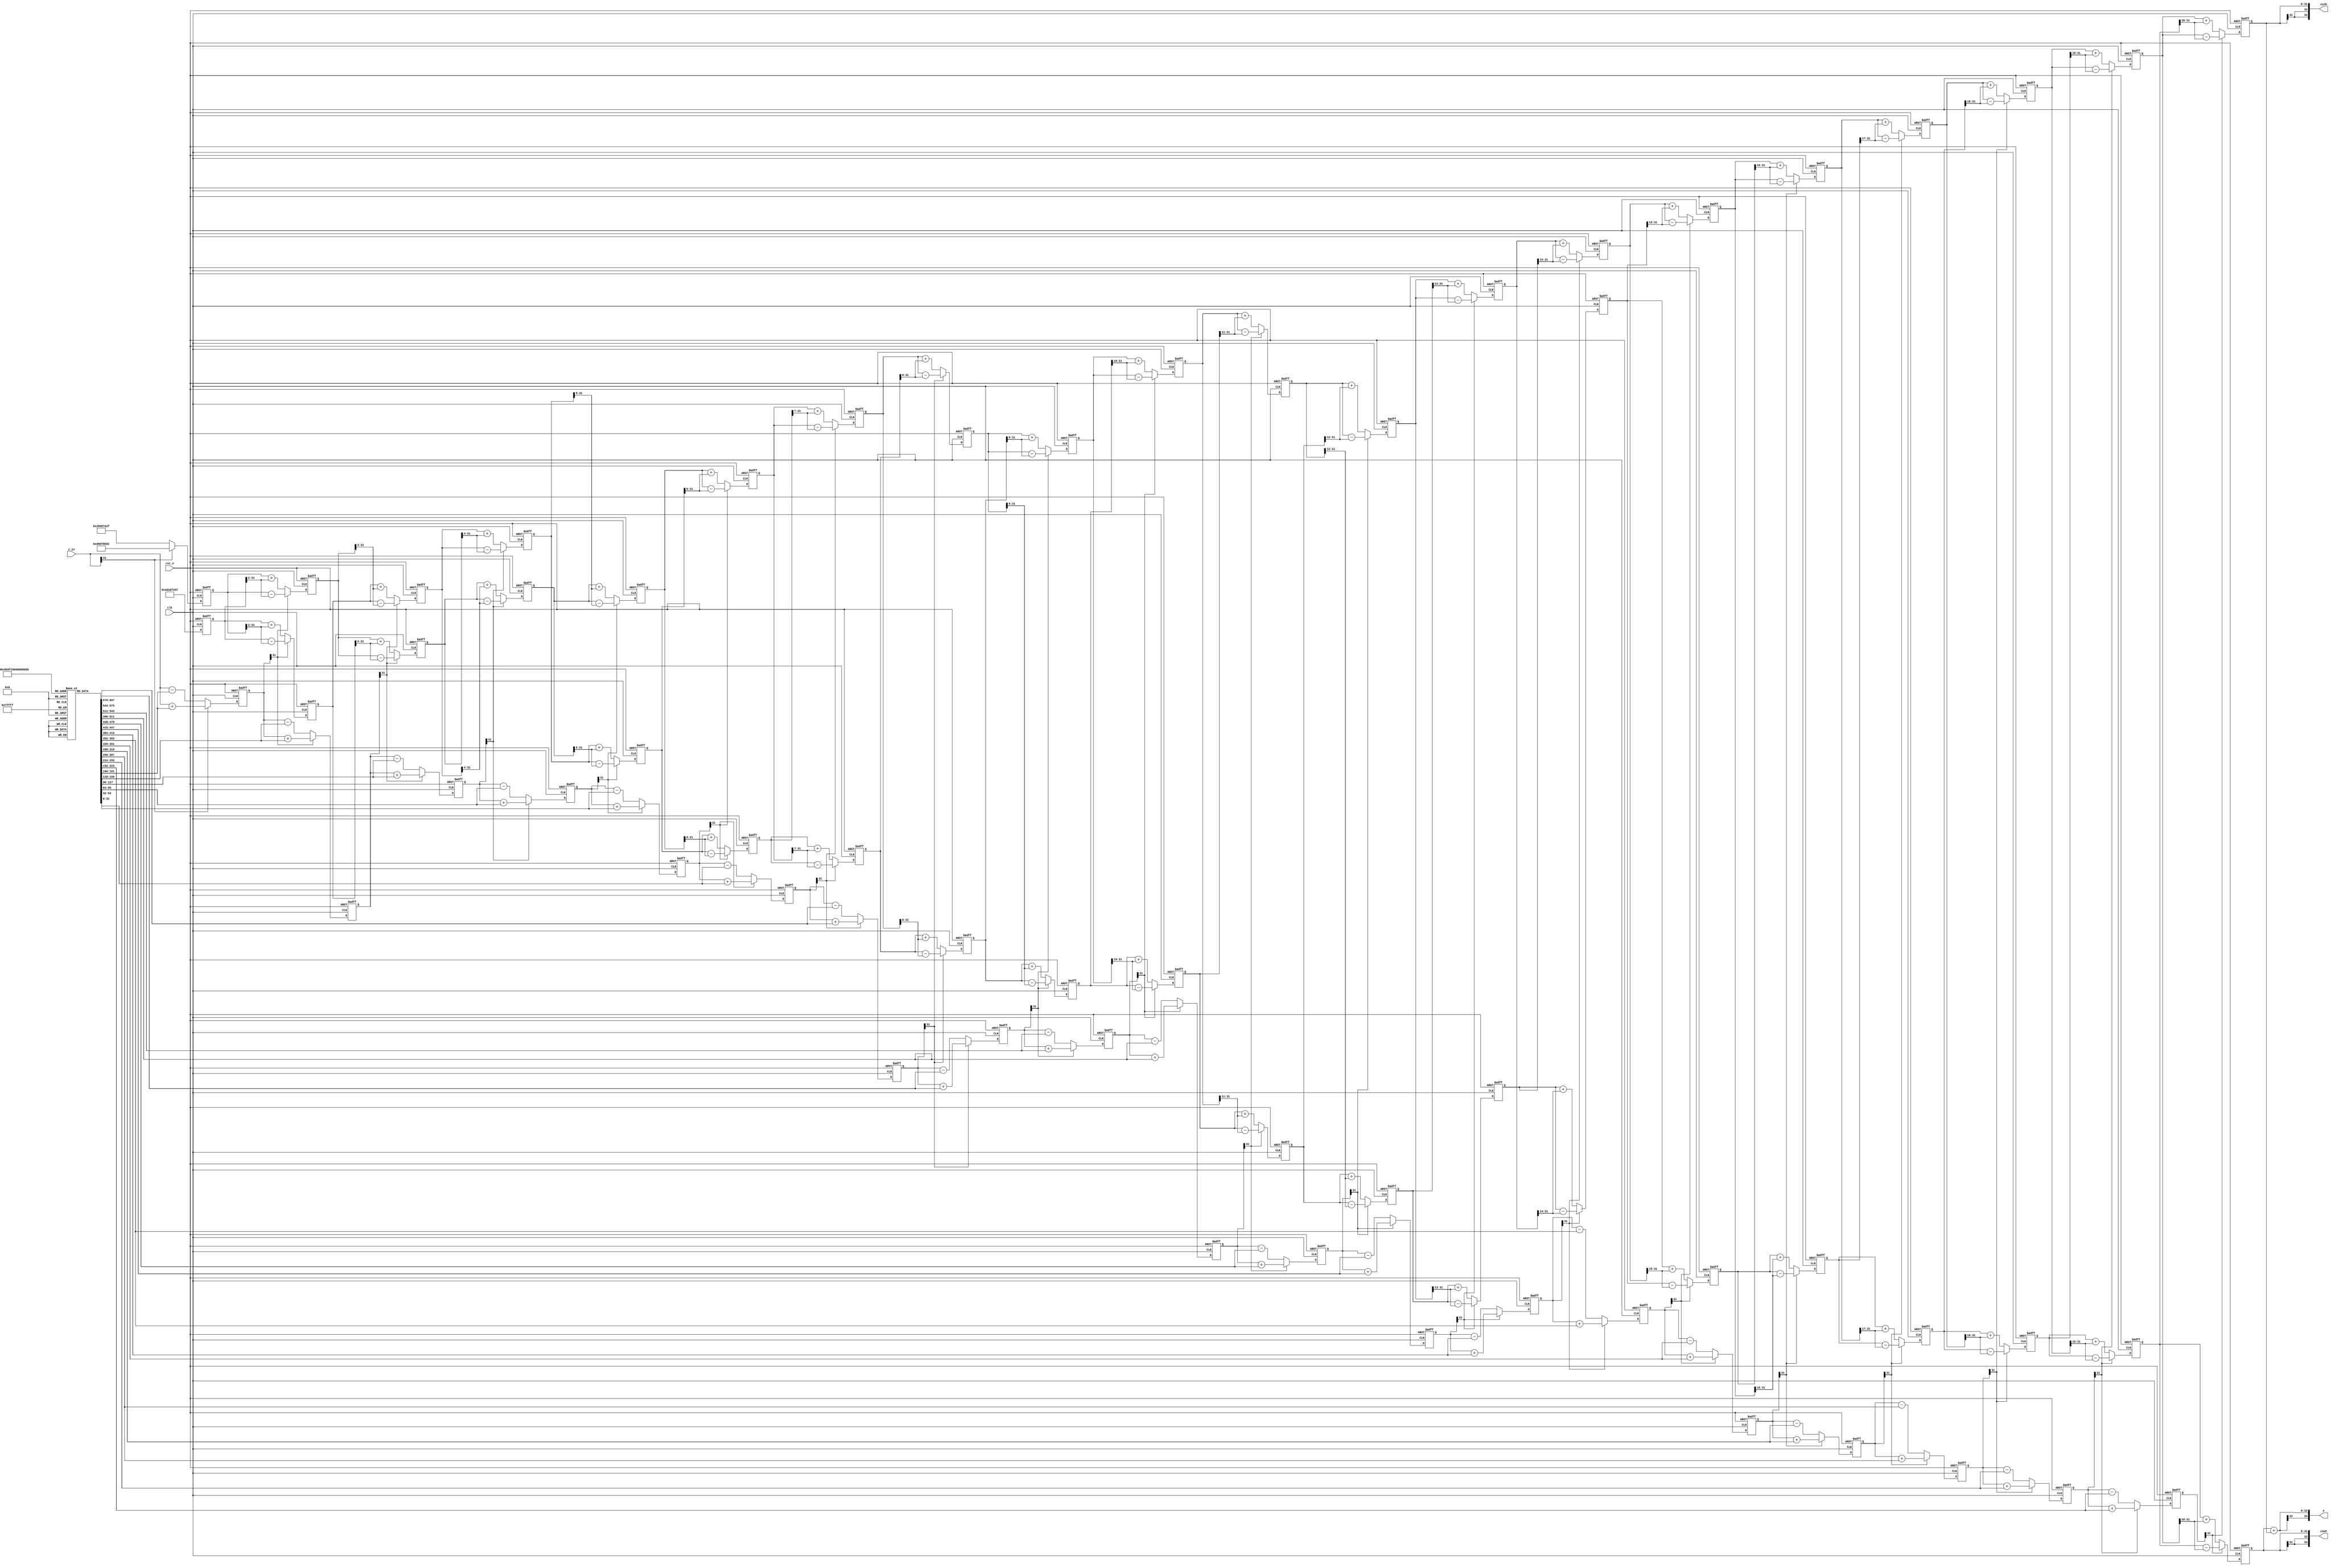
module cordic(
	input clk, rst_n,
	input signed [31:0] z_in,
	output signed [33:0] cosh, sinh, e

);
 	parameter PPL = 16; 
	parameter K = 32'h351B_2449 ;
	parameter P = 32'h4D20_F45F;//1/K , *2^30

//integer i;
reg  [31:0] angle[18:0];
initial begin
	angle[0] = 32'h464F_A9EB >>1 ;//0.549306144334055, 1/2, tanh
	angle[1] = 32'h20B1_5DF5 >>1 ;//
	angle[2] = 32'h1015_891D >>1 ;//
	angle[3] = 32'h802_AC45 >>1 ;//
//	angle[4] = 32'h802_AC45 >>1 ;//
	angle[4] = 32'h400_5562 >>1 ;//
	angle[5] = 32'h200_0AAB >>1 ;//
	angle[6] = 32'h100_0155 >>1 ;//
	angle[7] = 32'h80_002B >>1 ;//
	angle[8] = 32'h40_0005 >>1 ;//
	angle[9] = 32'h20_0001 >>1 ;//
	angle[10] = 32'h10_0000 >>1 ;//
	angle[11] = 32'h8_0000 >>1 ;//
//	angle[13] = 32'h4_0000 >>1 ;//
	angle[12] = 32'h4_0000 >>1 ;//
	angle[13] = 32'h2_0000 >>1 ;//
	angle[14] = 32'h1_0000 >>1 ;//
	angle[15] = 32'h8000 >>1 ;//
	angle[16] = 32'h4000 >>1 ;//
	angle[17] = 32'h2000 >>1 ;//
	angle[18] = 32'h1000 >>1 ;//
	angle[19] = 32'h800 >>1 ;//

end

reg signed [31:0] x[20:0], y[20:0], z[20:0], s[19:0];
//reg s[18:0]
initial begin x[0] = P; y[0] = 'b0;  s[0] = 32'sb1;  end

reg [6:0] i;
always@(posedge clk or negedge rst_n)begin
//	z[0] = z_in;
	if(!rst_n)begin
		for(i=1;i<=20;i=i+1)begin
			x[i] <= 'b0;
			y[i] <= 'b0;
			z[i] <= 'b0;
			s[i] <= 'b0;
		end
	end		
	else begin
//		i <= 'b0;
		for(i=0;i<=20;i=i+1)begin
			if(i==0) z[0] = z_in;
			else if(z[i-1][31])begin
			x[i] <= x[i - 1] - ( y[i - 1] >>> (i ));
			y[i] <= y[i - 1] - (x[i - 1] >>> (i ));
			z[i] <= z[i - 1] + angle[i - 1];		
			end
			else begin
			x[i] <= x[i - 1] + ( y[i - 1] >>> (i ));
			y[i] <= y[i - 1] + (x[i - 1] >>> (i ));
			z[i] <= z[i - 1] - angle[i - 1];	
//			end


//			else begin
//			x[i] <= x[i - 1] +  ((z[i - 1][31] )? -32'sb1 : 32'sb1) * (y[i - 1] >>> i );  // must right move with sign   >>>  
//			y[i] <= y[i - 1] +  ((z[i - 1][31])? -32'sb1 : 32'sb1) * (x[i - 1] >>> i );
//			z[i] <= z[i - 1] - ((z[i - 1][31])? -32'sb1 : 32'sb1) * angle[i - 1];
//			s[i] <= (z[i] > 0)? 32'sb1 : -32'sb1;



//			x[i] <= x[i - 1] + (s[i - 1] * y[i - 1]) >>> (i - 1);
//			y[i] <= y[i - 1] + (s[i - 1] * x[i - 1]) >>> (i - 1);
//			z[i] <= z[i - 1] - s[i - 1] * angle[i - 1];
//			s[i] <= (z[i] > 0)? 32'sb1 : -32'sb1;
			end
		end
	end
end

assign cosh = x[20];
assign sinh = y[20];
assign e = cosh + sinh;



endmodule